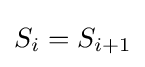
S_{i}=S_{i+1}